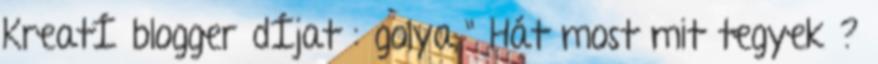
KreatÍ blogger dÍjat : golya,." Hát most mit tegyek ?